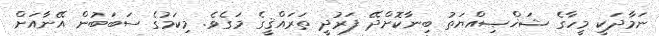
ނަމާދަކީ މީހާގެ ޝަޚްޞިއްޔަތު ބިނާކޮށްދޭ ފަރުދީ ތަރައްޤީގެ މަގެވެ. މިކަމުގެ ސަބަބުން އޭނާއަށް